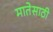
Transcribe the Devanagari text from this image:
मातेसाठी